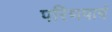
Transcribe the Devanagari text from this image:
परिणपावं